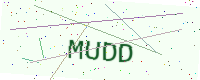
Text: MUDD